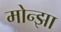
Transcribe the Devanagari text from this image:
मोन्झा